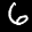
Label: 6